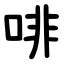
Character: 啡